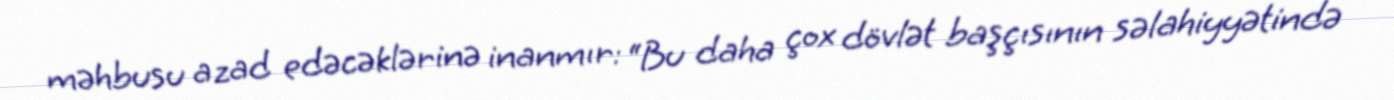
məhbusu azad edəcəklərinə inanmır: “Bu daha çox dövlət başçısının səlahiyyətində